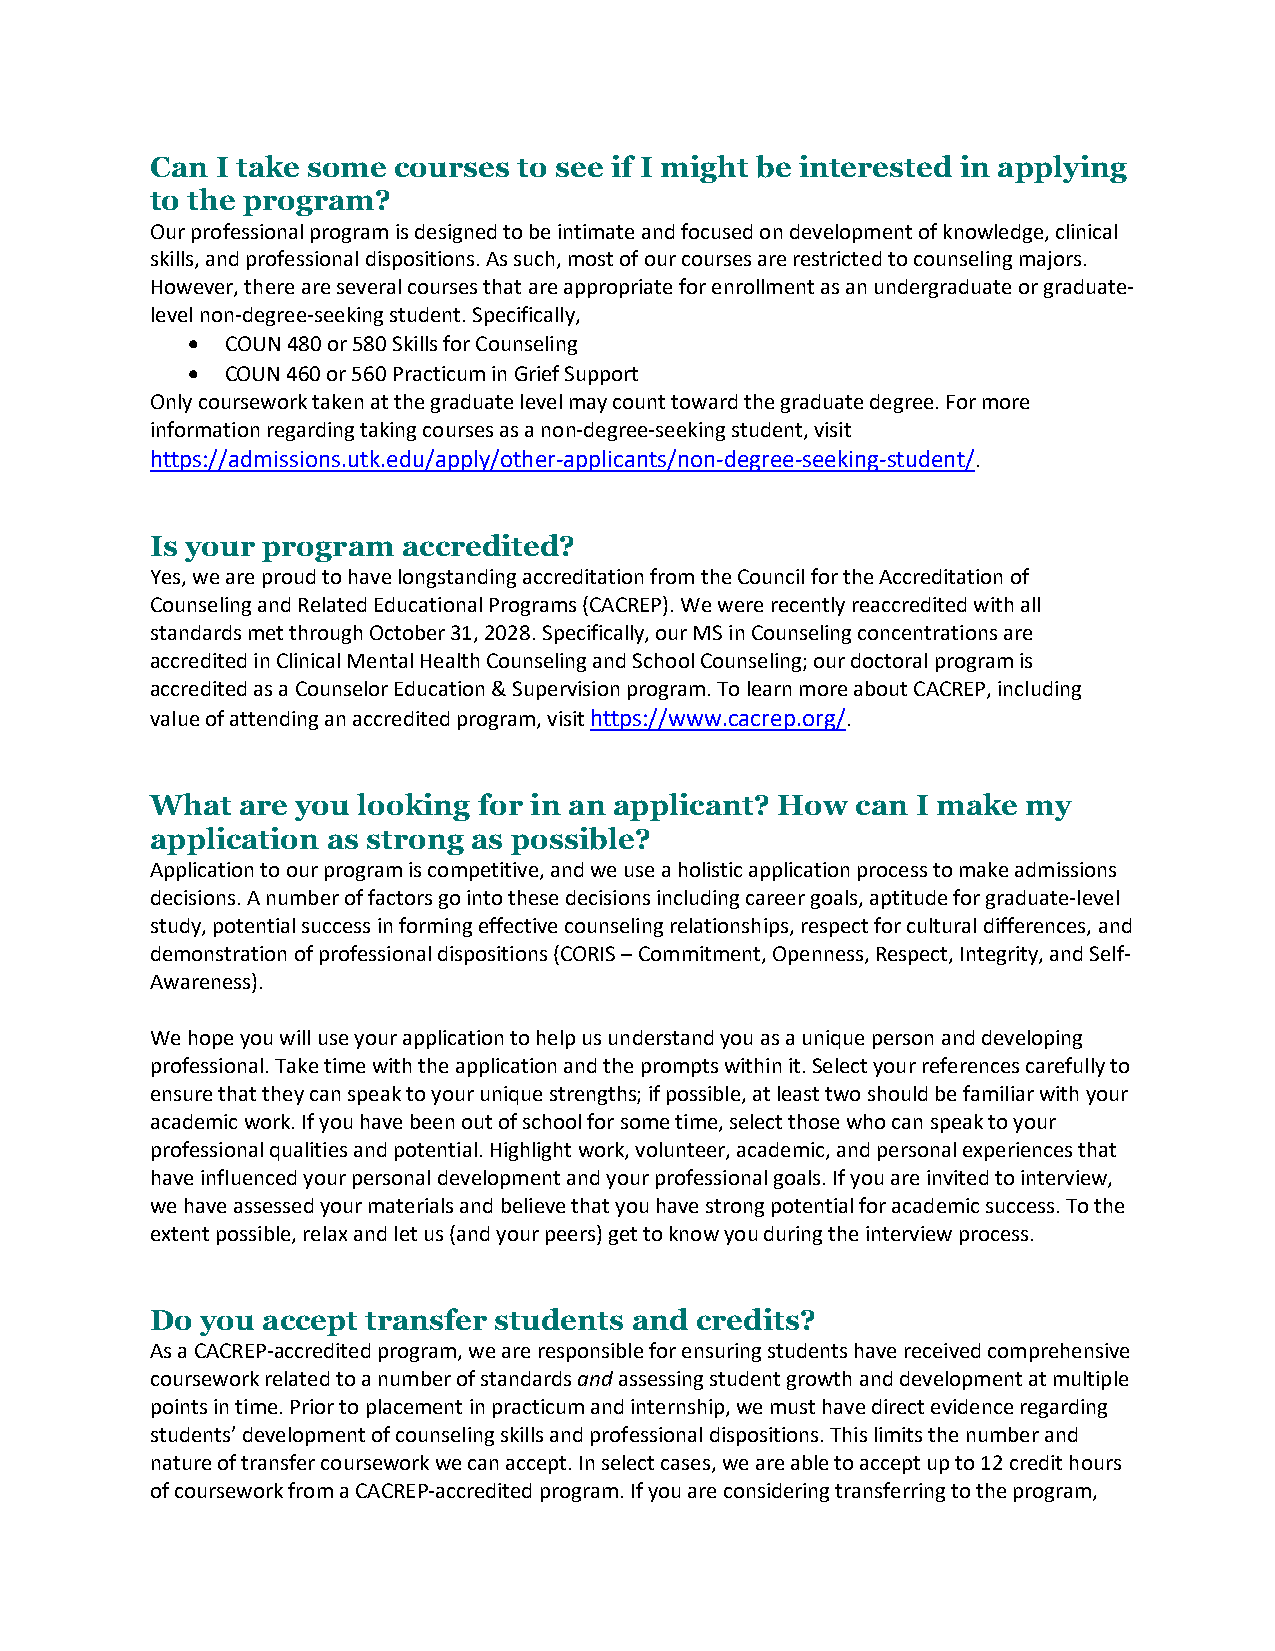
Can I take some courses to see if I might be interested in applying
 to the program?
 Our professional program is designed to be intimate and focused on development of knowledge, clinical
 skills, and professional dispositions. As such, most of our courses are restricted to counseling majors.
 However, there are several courses that are appropriate for enrollment as an undergraduate or graduate-
 level non-degree-seeking student. Specifically,
 •  COUN 480 or 580 Skills for Counseling
 •  COUN 460 or 560 Practicum in Grief Support
 Only coursework taken at the graduate level may count toward the graduate degree. For more
 information regarding taking courses as a non-degree-seeking student, visit
 https://admissions.utk.edu/apply/other-applicants/non-degree-seeking-student/.
 Is your program  accredited?
 Yes, we are proud to have longstanding accreditation from the Council for the Accreditation of
 Counseling and Related Educational Programs (CACREP). We were recently reaccredited with all
 standards met through October 31, 2028. Specifically, our MS in Counseling concentrations are
 accredited in Clinical Mental Health Counseling and School Counseling; our doctoral program is
 accredited as a Counselor Education & Supervision program. To learn more about CACREP, including
 value of attending an accredited program, visit https://www.cacrep.org/.
 What  are you looking for in an applicant? How can I make my
 application as strong as possible?
 Application to our program is competitive, and we use a holistic application process to make admissions
 decisions. A number of factors go into these decisions including career goals, aptitude for graduate-level
 study, potential success in forming effective counseling relationships, respect for cultural differences, and
 demonstration of professional dispositions (CORIS – Commitment, Openness, Respect, Integrity, and Self-
 Awareness).
 We hope you will use your application to help us understand you as a unique person and developing
 professional. Take time with the application and the prompts within it. Select your references carefully to
 ensure that they can speak to your unique strengths; if possible, at least two should be familiar with your
 academic work. If you have been out of school for some time, select those who can speak to your
 professional qualities and potential. Highlight work, volunteer, academic, and personal experiences that
 have influenced your personal development and your professional goals. If you are invited to interview,
 we have assessed your materials and believe that you have strong potential for academic success. To the
 extent possible, relax and let us (and your peers) get to know you during the interview process.
 Do you accept transfer students and credits?
 As a CACREP-accredited program, we are responsible for ensuring students have received comprehensive
 coursework related to a number of standards and assessing student growth and development at multiple
 points in time. Prior to placement in practicum and internship, we must have direct evidence regarding
 students’ development of counseling skills and professional dispositions. This limits the number and
 nature of transfer coursework we can accept. In select cases, we are able to accept up to 12 credit hours
 of coursework from a CACREP-accredited program. If you are considering transferring to the program,